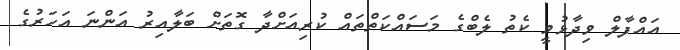
އައްފާލް ވިދާޅުވީ ކެތު ލެބްގެ މަސައްކަތްތައް ކުރިއަށްދާ ގޮތަށް ބަލާއިރު އަންނަ އަހަރުގެ